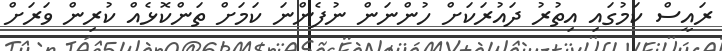
ރައީސް ކަމުގައި އިތުރު ދައުރަކަށް ހުންނަން ނުފެންނަ ކަމަށް ތަންކޮޅެއް ކުރިން ވަރަށް